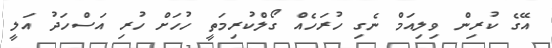
އޭގެ ކުރިން ވިލިއަމް ނެގި ހުރަހެއް ގޯލްކުރިމަތީ ހުހަށް ހުރި އަސްހަދު އަލީ